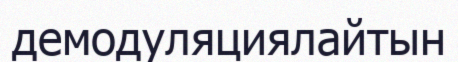
демодуляциялайтын